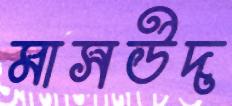
মাসউদ